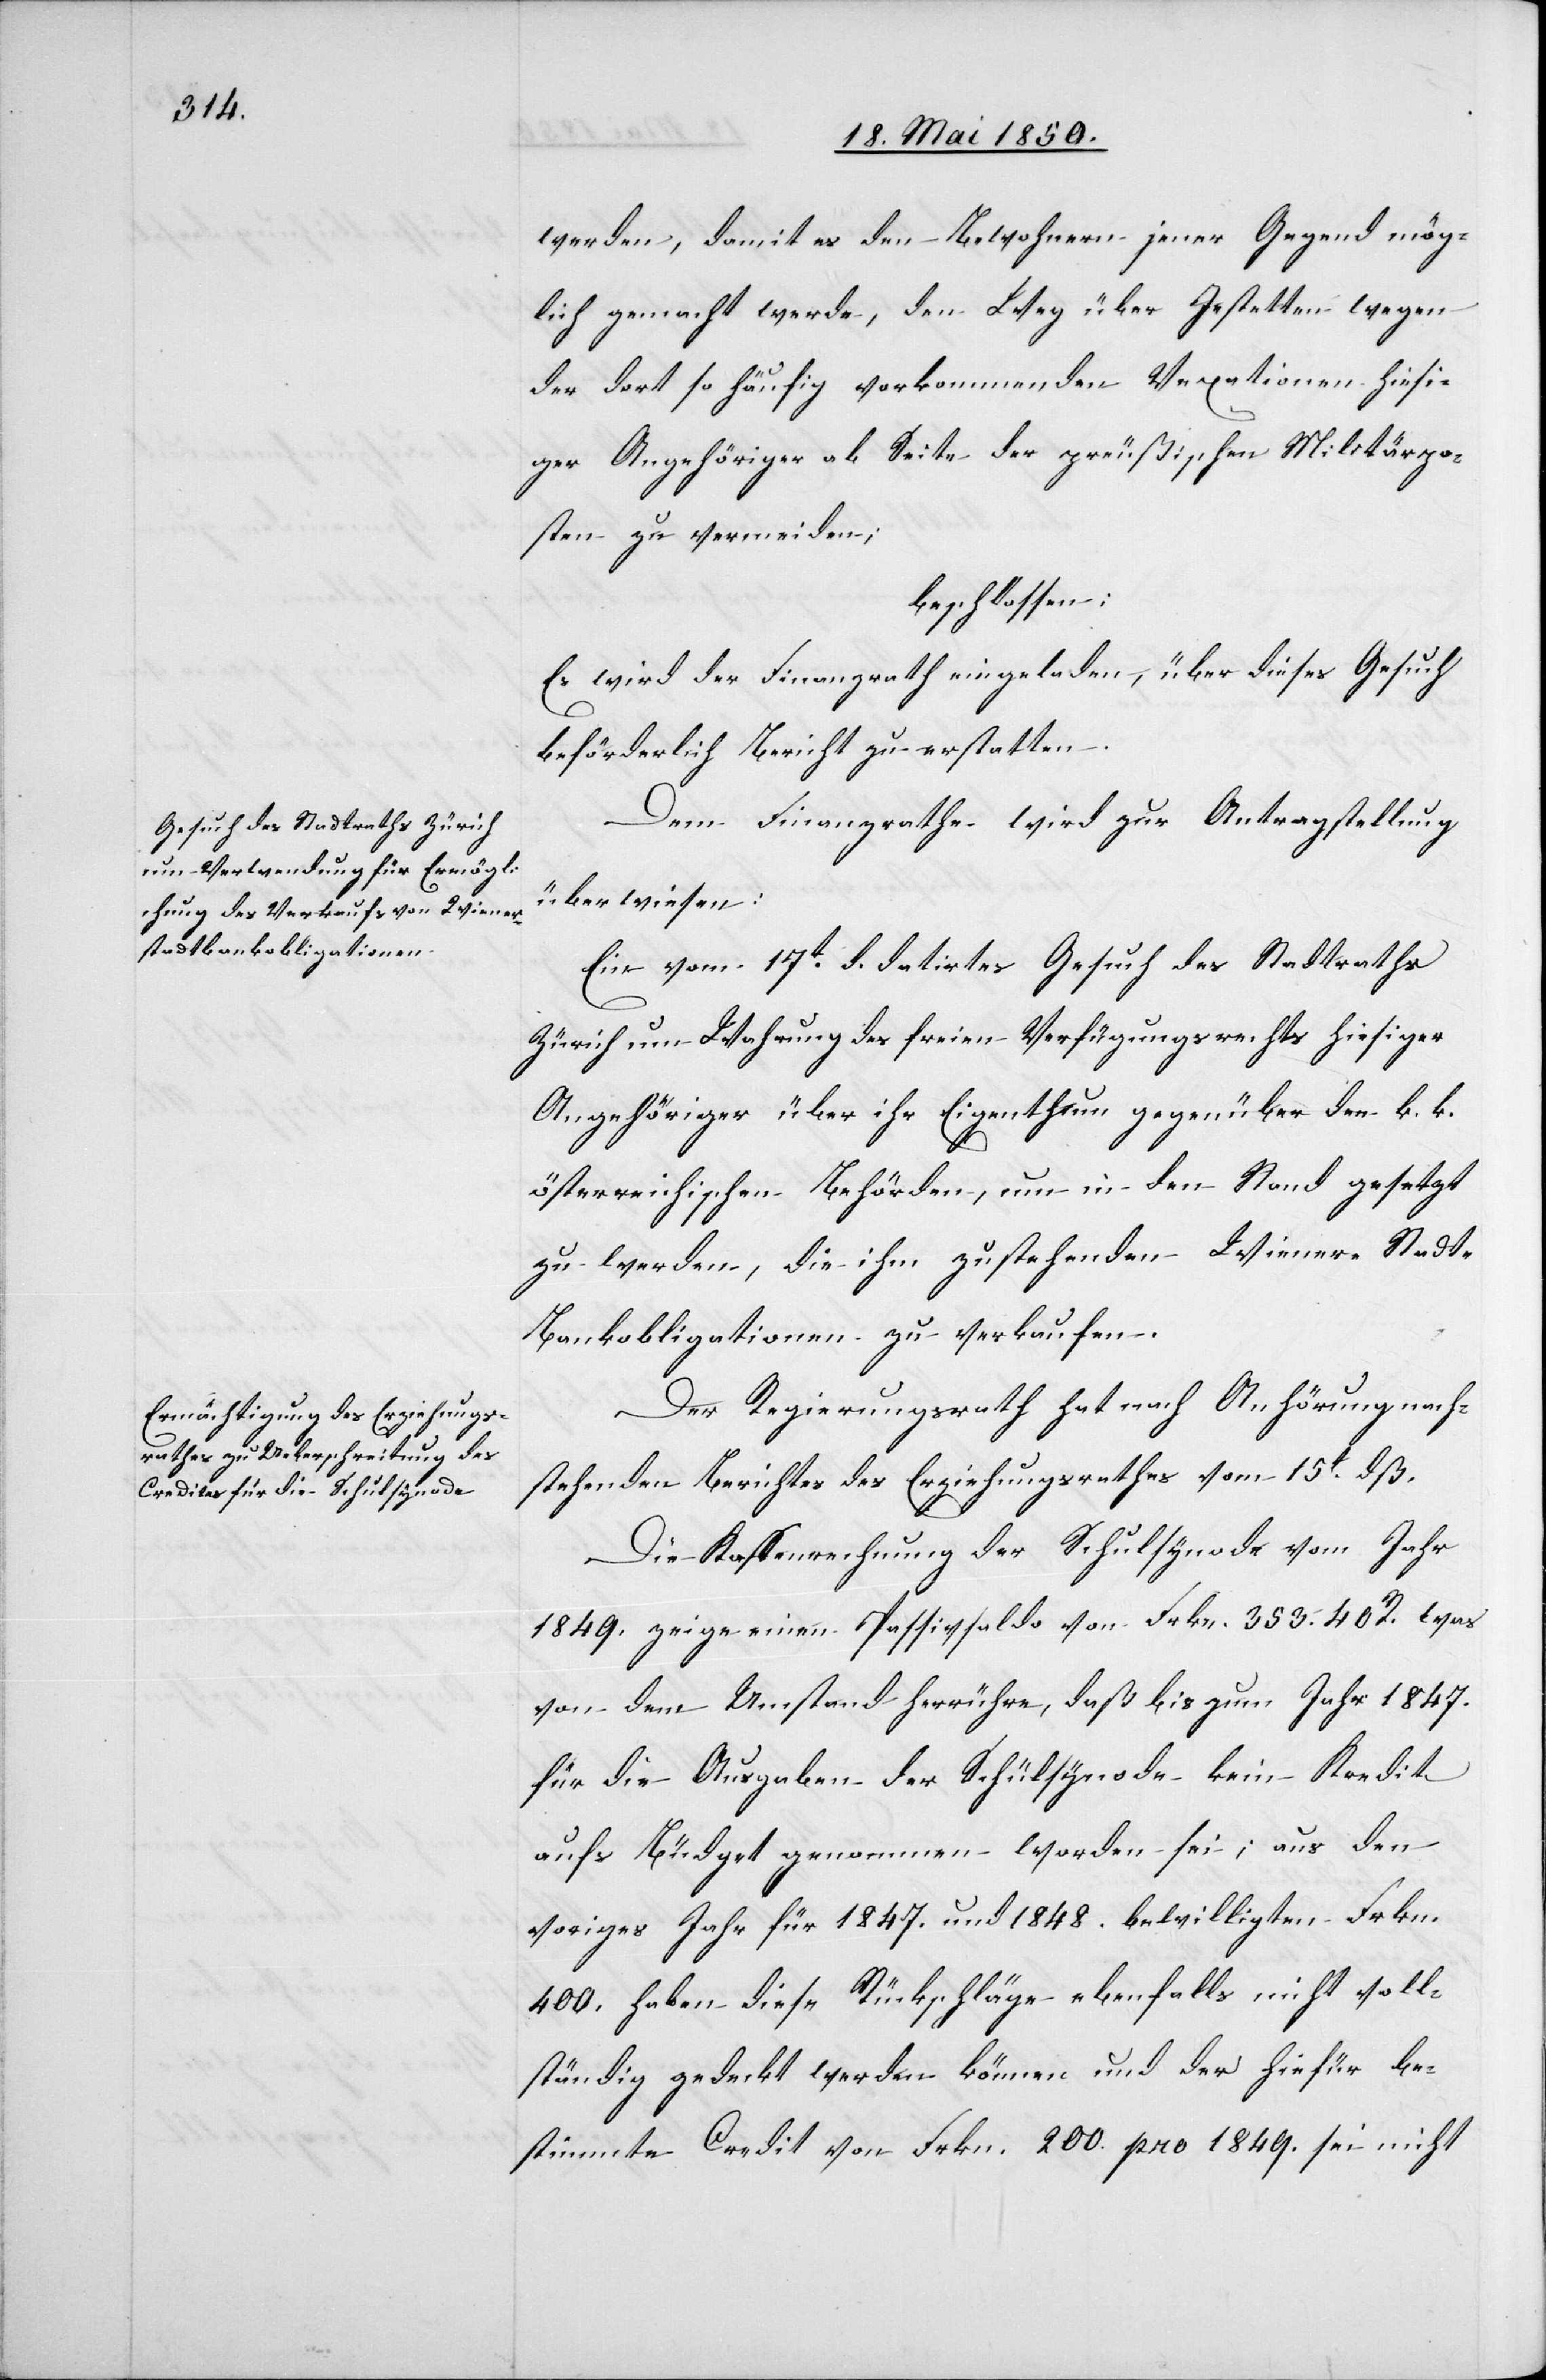
werden, damit es den Bewohnern jener Gegend mög¬
lich gemacht werde, den Weg über Jestetten wegen
dort so häufig vorkommenden Vexationen hiesi¬
ger Angehöriger ab Seite der preußischen Militärpo¬
sten zu vermeiden;
beschlossen:
Es wird der Finanzrath eingeladen, über dieses Gesuch
beförderlich Bericht zu erstatten.
Dem Finanzrathe wird zur Antragstellung
überwiesen:
Ein vom 17t d. datirtes Gesuch des Stadtraths
Zürich um Wahrung des freien Verfügungsrechts hiesiger
Angehöriger über ihr Eigenthum gegenüber den k. k.
österreichischen Behörden, um in den Stand gesetzt
zu werden, die ihm zustehenden Wiener-Stad¬
t-Bankobligationen zu verkaufen.
Der Regierungsrath hat nach Anhörung nach¬
stehenden Berichtes des Erziehungsrathes vom 15t dß.
Die Kassenrechnung der Schulsynode vom Jahr
1849. zeige einen Passivsaldo von Frkn. 353. 40. R. was
von dem Umstand herrühre, daß bis zum Jahr 1847.
für die Ausgaben der Schülsynode kein Kredit
aufs Büdget genommen worden sei; aus den
voriges Jahr für 1847. und 1848. bewilligten Frkn.
400. haben diese Rückschläge ebenfalls nicht voll¬
ständig gedeckt werden können und der hiefür be¬
stimmte Credit von Frkn. 200. pro 1849. sei nicht